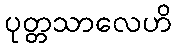
ပုတ္တသာလေဟိ